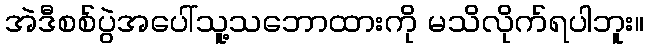
အဲဒီစစ်ပွဲအပေါ်သူ့သဘောထားကို မသိလိုက်ရပါဘူး။